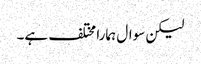
لیکن سوال ہمارا مختلف ہے۔